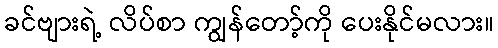
ခင်ဗျားရဲ့ လိပ်စာ ကျွန်တော့်ကို ပေးနိုင်မလား။